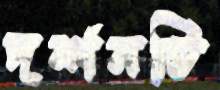
দর্শনটি